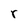
Character: r